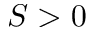
S > 0